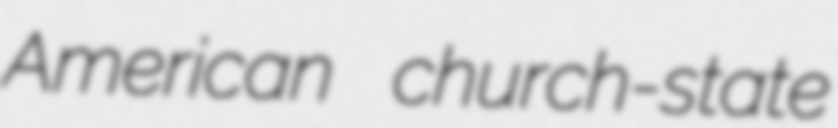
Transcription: American church-state